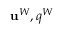
{ \mathbf u } ^ { W } , q ^ { W }